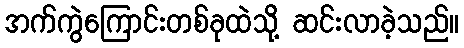
အက်ကွဲကြောင်းတစ်ခုထဲသို့ ဆင်းလာခဲ့သည်။